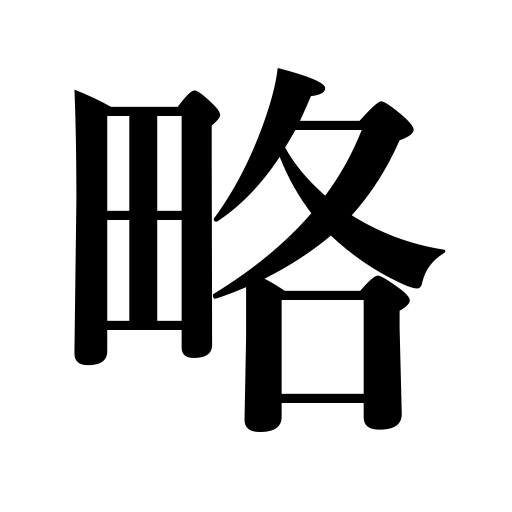
Meanings: outline,omission,abbreviation,abridgment